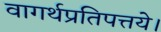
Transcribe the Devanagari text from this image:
वागर्थप्रतिपत्तये।